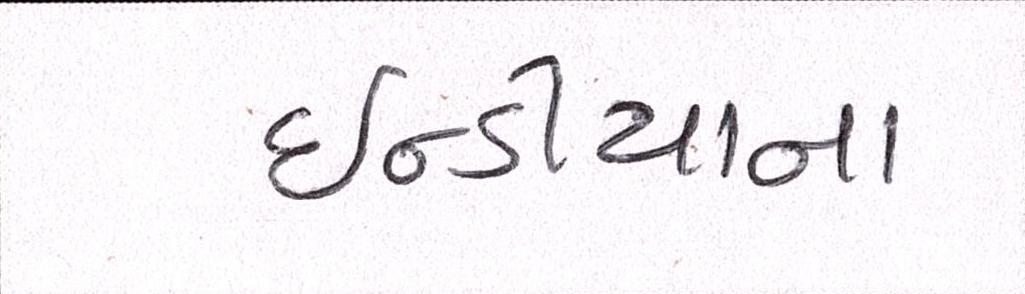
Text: ઇન્ડીયાના